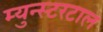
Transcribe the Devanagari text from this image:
म्युन्स्टरटाल